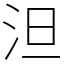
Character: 泹